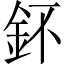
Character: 鈈